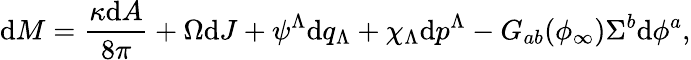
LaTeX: \mathrm{d}M={\frac{{\kappa\mathrm{d}A}}{{8\pi}}}+\Omega\mathrm{d}J+\psi^{\Lambda}\mathrm{d}q_{\Lambda}+\chi_{\Lambda}\mathrm{d}p^{\Lambda}-G_{ab}(\phi_{\infty})\Sigma^{b}\mathrm{d}\phi^{a},